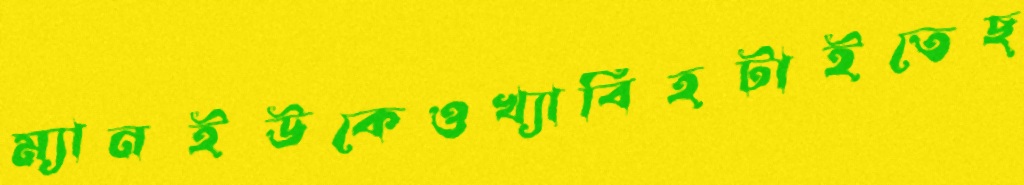
ম্যানইউকেওখ্যাবিহটাইতেছ